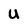
Character: U